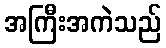
အကြီးအကဲသည်